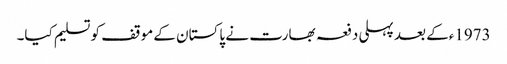
1973ءکے بعد پہلی دفعہ بھارت نے پاکستان کے موقف کو تسلیم کیا۔